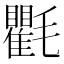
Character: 氍